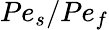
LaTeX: Pe_{s}/Pe_{f}